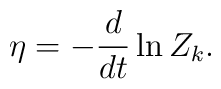
\eta = -\frac{d}{dt}\ln{Z_k}.